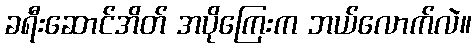
ခရီးဆောင်အိတ် အပိုကြေးက ဘယ်လောက်လဲ။